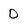
Character: D